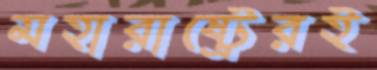
মহারাষ্ট্রেরই